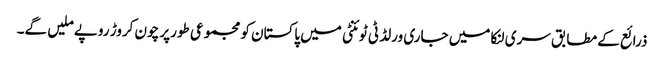
ذرائع کے مطابق سری لنکا میں جاری ورلڈ ٹی ٹوئنٹی میں پاکستان کو مجموعی طورپر چون کروڑ روپے ملیں گے۔